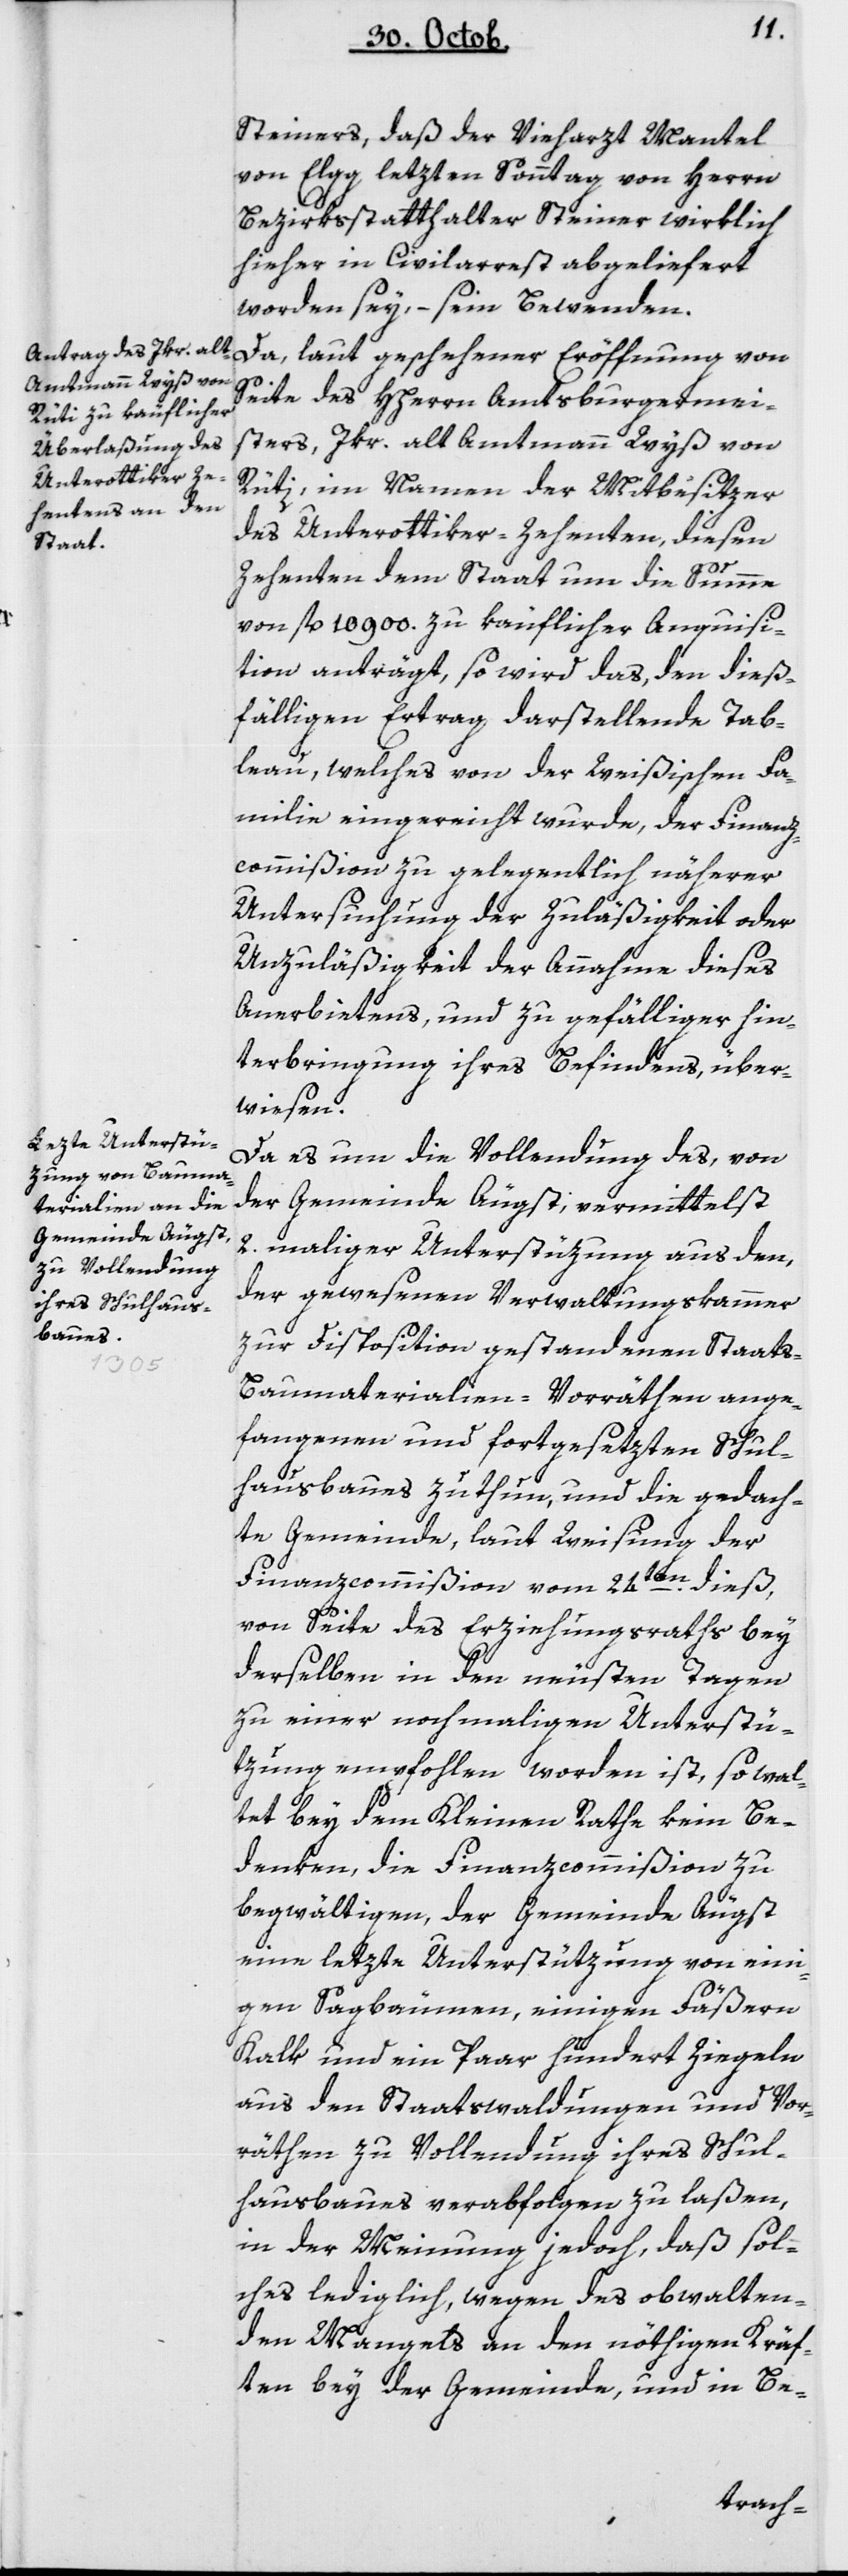
Steiners, daß der Vieharzt Mantel
von Elgg, letzten Sonntag von Herrn
Bezirksstatthalter Steiner wirklich
hieher in Civilarrest abgeliefert
worden sey, – seyn Bewenden.
Da, laut geschehener Eröffnung von
Seite des HHerrn Amtsburgermei¬
sters, Jkr. alt Amtmann Wyß von
Rüti, im Namen der Mitbesitzer
des Unterottiker-Zehenten, diesen
Zehenten dem Staat um die Summe
von fl. 10'900 zu käuflicher Acquisi¬
tion anträgt, so wird das, den dieß¬
fälligen Ertrag darstellende Tab¬
leau, welches von der Weißischen Fa¬
milie eingereicht wurde, der Finanz¬
commißion zu gelegentlich näherer
Untersuchung der Zuläßigkeit oder
Unzuläßigkeit der Annahme dieses
Anerbietens, und zu gefälliger Hin¬
terbringung ihres Befindens, über¬
wiesen.
Da es um die Vollendung des, von
der Gemeinde Äugst, vermittelst
2 maliger Unterstützung aus den,
der gewesenen Verwaltungskammer
zur Disposition gestandenen Staats-B¬
aumaterialien-Vorräthen ange¬
fangenen und fortgesetzten Schul¬
hausbaues zu thun, und die gedach¬
te Gemeinde, laut Weisung der
Finanzcommißion vom 24ten dieß,
von Seite des Erziehungsraths bey
derselben in den neusten Tagen
zu einer nochmaligen Unterstü¬
tzung empfohlen worden ist, so wal¬
tet bey dem Kleinen Rathe kein Be¬
denken, die Finanzcommißion zu
begwältigen, der Gemeinde Äugst
eine letzte Unterstützung von eini¬
gen Sagbäumen, einigen Fäßern
Kalk und ein paar hundert Ziegeln
aus den Staatswaldungen und Vor¬
räthen zu Vollendung ihres Schul¬
hausbaues verabfolgen zu laßen,
in der Meinung jedoch, daß sol¬
ches lediglich, wegen des obwalten¬
den Mangels an den nöthigen Kräf¬
ten bey der Gemeinde, und in Be-